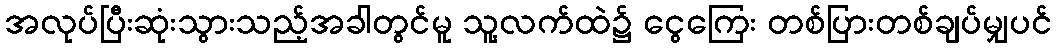
အလုပ်ပြီးဆုံးသွားသည့်အခါတွင်မူ သူ့လက်ထဲ၌ ငွေကြေး တစ်ပြားတစ်ချပ်မျှပင်